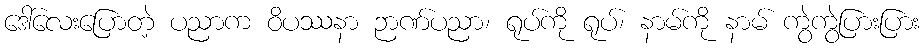
ဒေါ်လေးပြောတဲ့ ပညာက ဝိပဿနာ ဉာဏ်ပညာ၊ ရုပ်ကို ရုပ်၊ နာမ်ကို နာမ် ကွဲကွဲပြားပြား